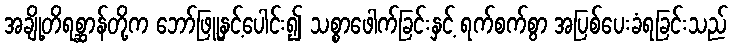
အချို့တိရစ္ဆာန်တို့က ဘော်ဖြူနှင့်ပေါင်း၍ သစ္စာဖေါက်ခြင်းနှင့် ရက်စက်စွာ အပြစ်ပေးခံရခြင်းသည်